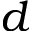
d